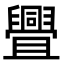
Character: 舋